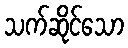
သက်ဆိုင်သော